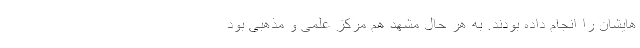
هایشان را انجام داده بودند. به هر حال مشهد هم مرکز علمی و مذهبی بود